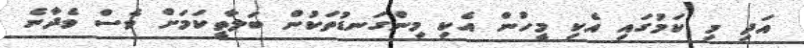
އަދި މި ކަމުގައި އެކި މީހުން އެކި މިންގަނޑުތަކުން ބަލާތީކަމަށް ވެސް ވެދާނެ